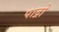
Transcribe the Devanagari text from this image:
पाद्रो